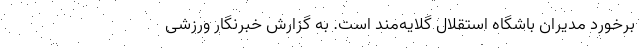
برخورد مدیران باشگاه استقلال گلایه‌مند است. به گزارش خبرنگار ورزشی